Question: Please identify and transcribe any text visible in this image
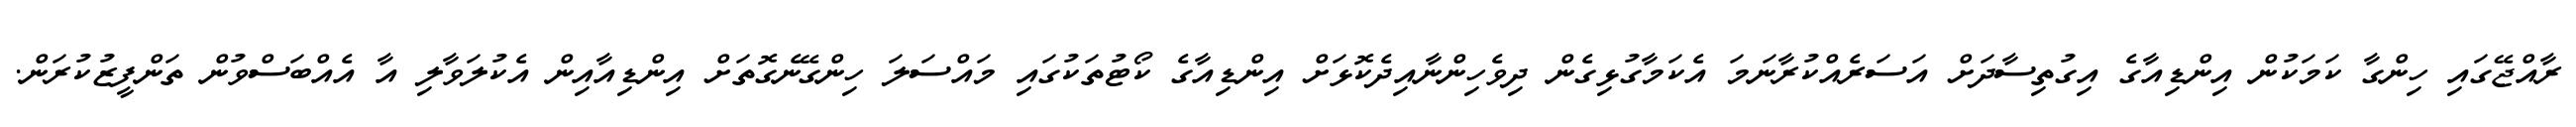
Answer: ރާއްޖޭގައި ހިންގާ ކަމަކުން އިންޑިއާގެ އިގުތިސާދަށް އަސަރެއްކުރާނަމަ އެކަމާގުޅިގެން ދިވެހިންނާއިދެކޮޅަށް އިންޑިއާގެ ކޯޓުތަކުގައި މައްސަލަ ހިންގޭނެގޮތަށް އިންޑިއާއިން އެކުލަވާލި އާ އެއްބަސްވުން ތަންފީޒުކުރަން.